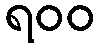
ရ၀၀